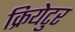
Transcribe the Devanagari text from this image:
क्रियेटुर